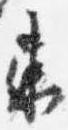
東